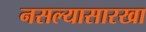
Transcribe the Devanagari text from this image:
नसल्यासारखा